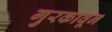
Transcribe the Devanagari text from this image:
गुरकावून